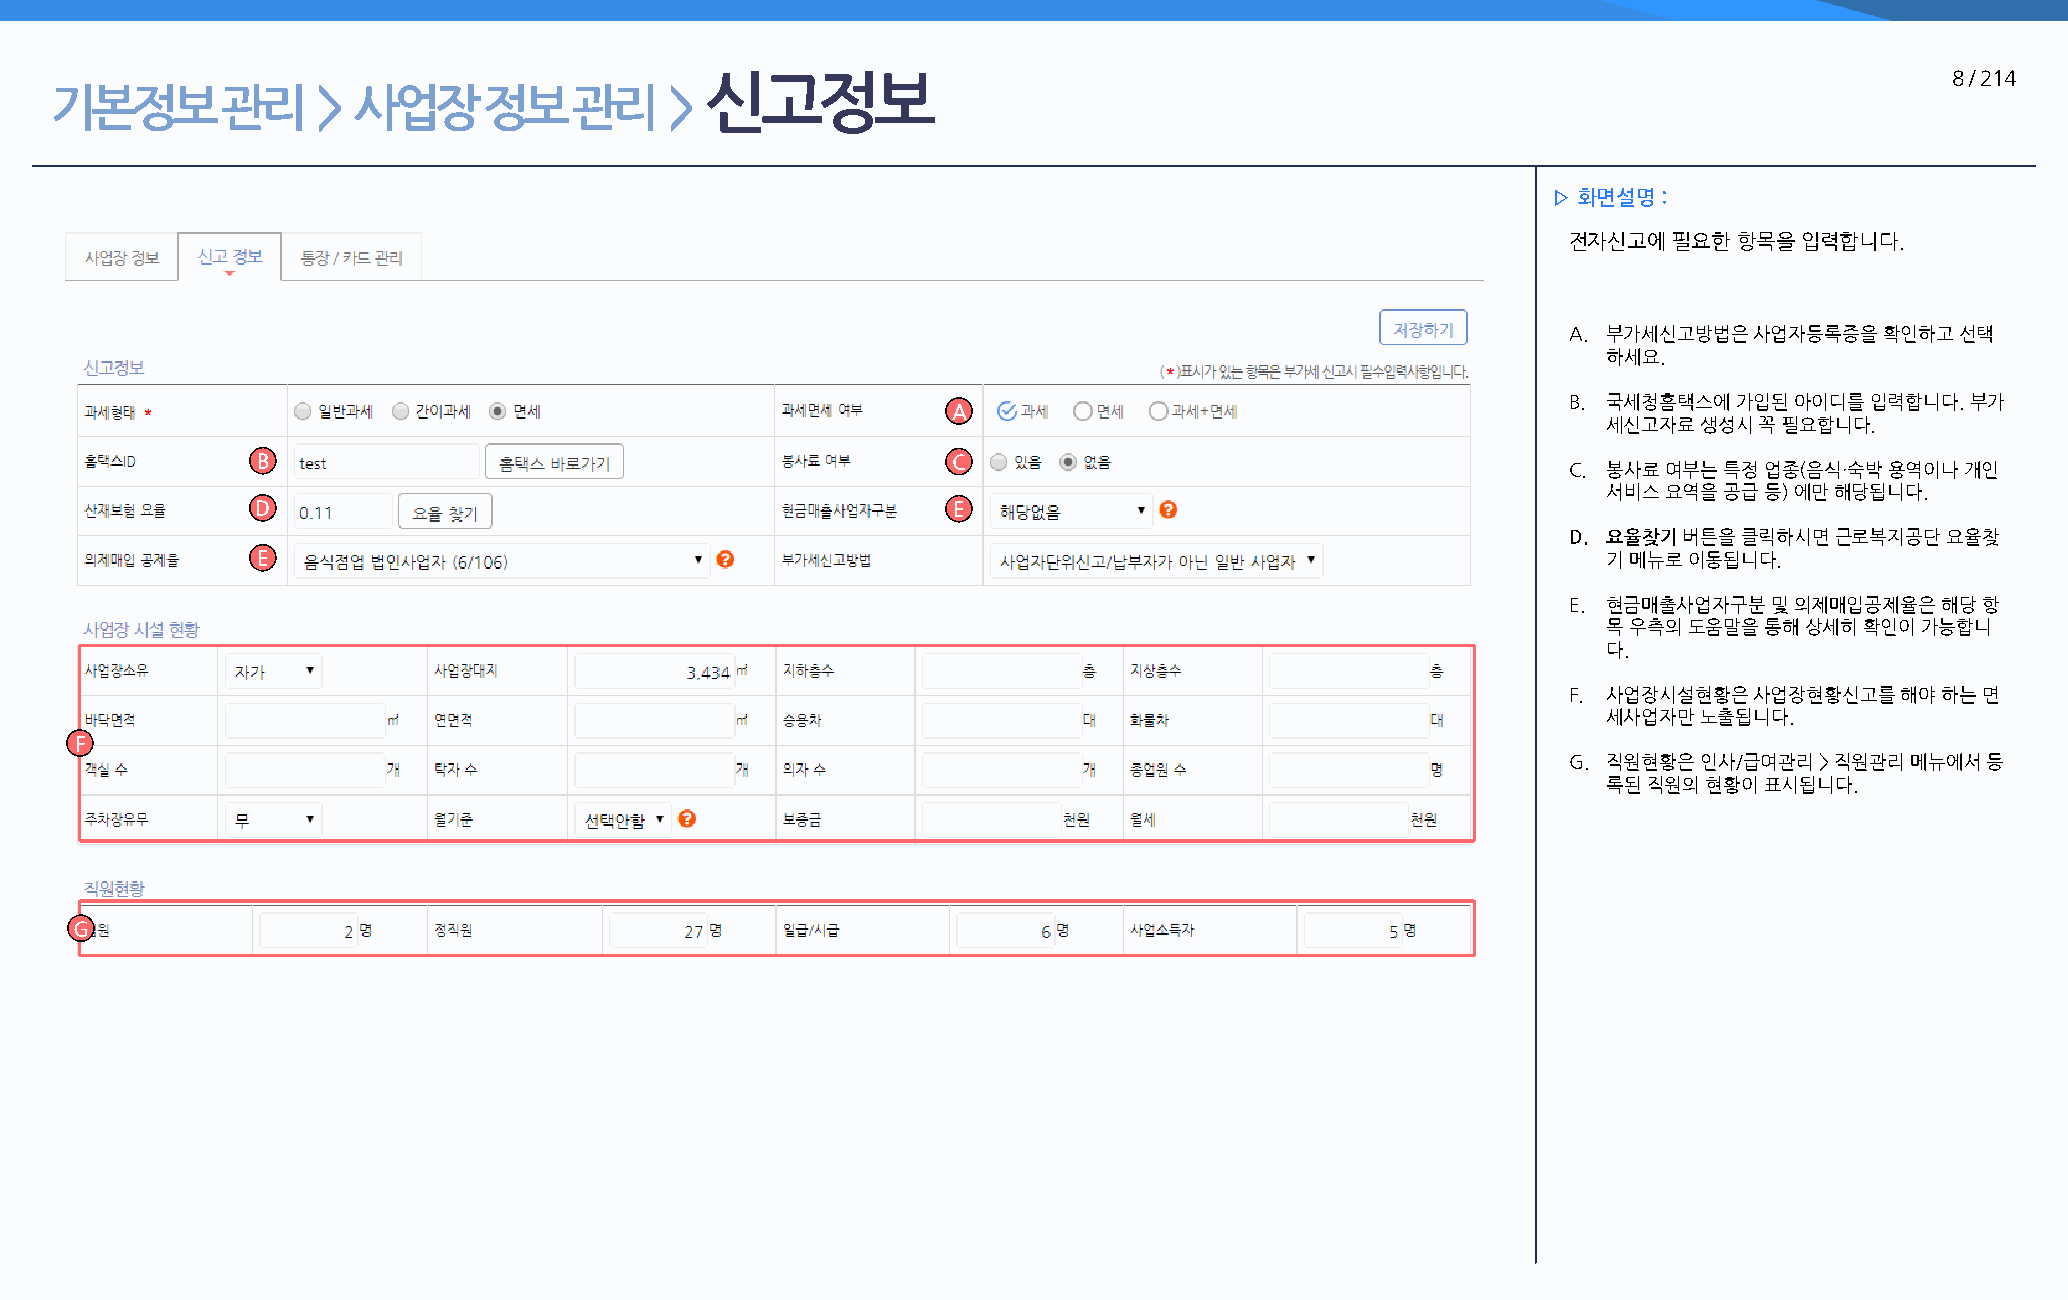
신고정보                                                                              8 / 214
 기본정보        관리    > 사업장      정보    관리    >
 ▷ 화면설명 :
 전자신고에  필요한 항목을 입력합니다.
 A. 부가세신고방법은 사업자등록증을  확인하고 선택
 하세요.
 B. 국세청홈택스에 가입된 아이디를 입력합니다. 부가
 A
 세신고자료  생성시 꼭 필요합니다.
 B                                             C
 C. 봉사료 여부는 특정 업종(음식·숙박 용역이나 개인
 서비스 요역을 공급 등) 에만 해당됩니다.
 D                                             E
 D. 요율찾기 버튼을 클릭하시면 근로복지공단 요율찾
 E                                                                                        기 메뉴로 이동됩니다.
 E. 현금매출사업자구분 및 의제매입공제율은 해당 항
 목 우측의 도움말을 통해 상세히 확인이 가능합니
 다.
 F. 사업장시설현황은 사업장현황신고를  해야 하는 면
 세사업자만  노출됩니다.
 F
 G. 직원현황은 인사/급여관리 > 직원관리 메뉴에서 등
 록된 직원의 현황이 표시됩니다.
 G